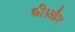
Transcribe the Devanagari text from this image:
थी।और